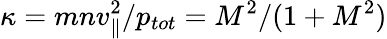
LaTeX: \kappa=mnv_{\parallel}^{2}/p_{tot}=M^{2}/(1+M^{2})